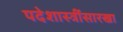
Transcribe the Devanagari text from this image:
पदेशास्त्रींसारखा